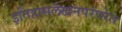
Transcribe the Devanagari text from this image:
इतिहासलेखनपरंपरेत